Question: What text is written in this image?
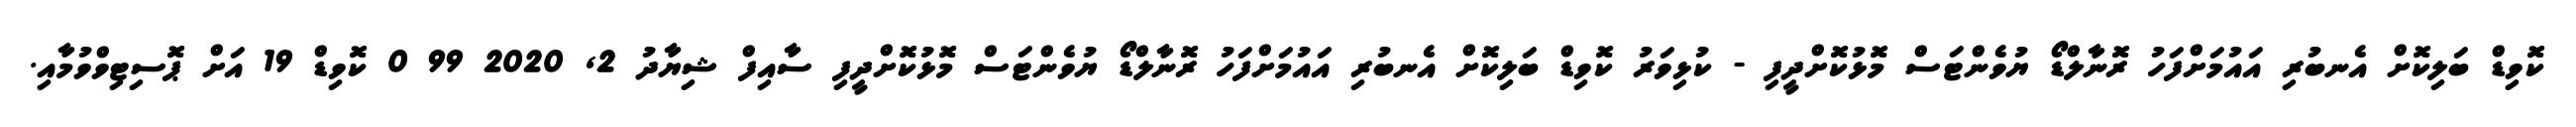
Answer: ކޮވިޑް ބަލިކޮށް އެނބުރި އައުމަށްފަހު ރޮނާލްޑޯ ޔުވެންޓަސް މޮޅުކޮށްދީފި - ކުޅިވަރު ކޮވިޑް ބަލިކޮށް އެނބުރި އައުމަށްފަހު ރޮނާލްޑޯ ޔުވެންޓަސް މޮޅުކޮށްދީފި ސާއިފް ޝިޔާދު 2, 2020 99 0 ކޮވިޑް 19 އަށް ޕޮސިޓިވްވުމާއި.